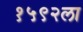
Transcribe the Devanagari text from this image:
१५९२ला